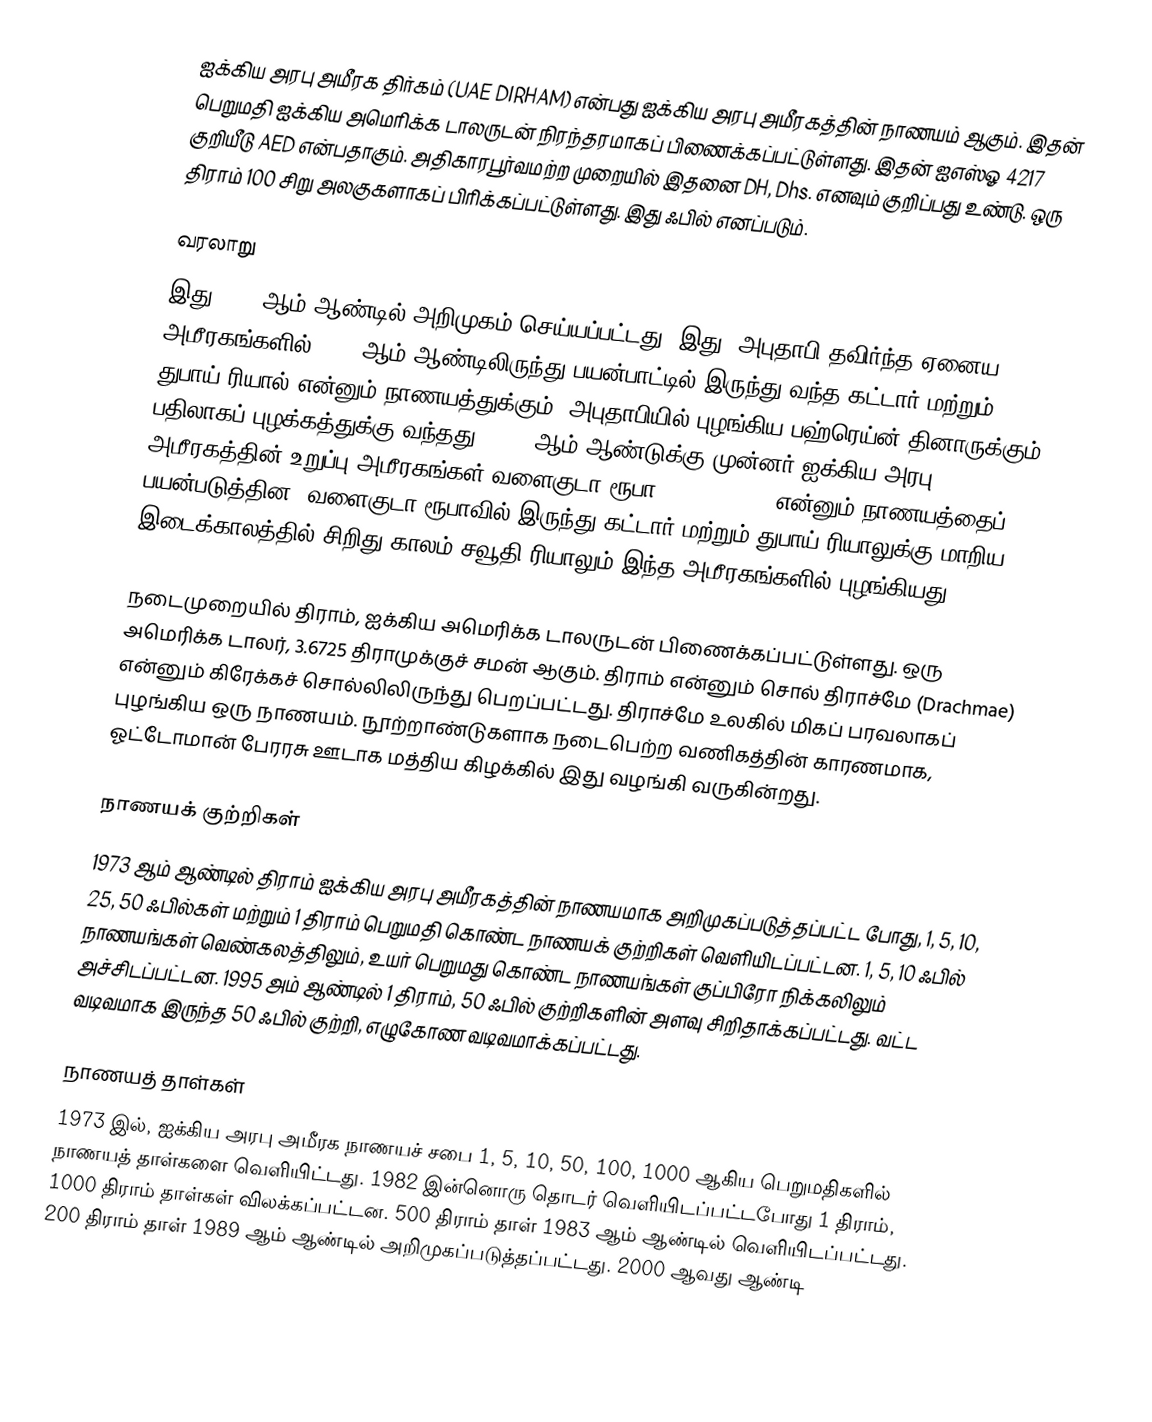
ஐக்கிய அரபு அமீரக திர்கம் (UAE DIRHAM) என்பது ஐக்கிய அரபு அமீரகத்தின் நாணயம் ஆகும். இதன் பெறுமதி ஐக்கிய அமெரிக்க டாலருடன் நிரந்தரமாகப் பிணைக்கப்பட்டுள்ளது. இதன் ஐஎஸ்ஓ 4217 குறியீடு AED என்பதாகும். அதிகாரபூர்வமற்ற முறையில் இதனை DH, Dhs. எனவும் குறிப்பது உண்டு. ஒரு திராம் 100 சிறு அலகுகளாகப் பிரிக்கப்பட்டுள்ளது. இது ஃபில் எனப்படும்.

வரலாறு
இது 1973 ஆம் ஆண்டில் அறிமுகம் செய்யப்பட்டது. இது, அபுதாபி தவிர்ந்த ஏனைய அமீரகங்களில் 1966 ஆம் ஆண்டிலிருந்து பயன்பாட்டில் இருந்து வந்த கட்டார் மற்றும் துபாய் ரியால் என்னும் நாணயத்துக்கும், அபுதாபியில் புழங்கிய பஹ்ரெய்ன் தினாருக்கும் பதிலாகப் புழக்கத்துக்கு வந்தது. 1966 ஆம் ஆண்டுக்கு முன்னர் ஐக்கிய அரபு அமீரகத்தின் உறுப்பு அமீரகங்கள் வளைகுடா ரூபா (Gulf rupee) என்னும் நாணயத்தைப் பயன்படுத்தின. வளைகுடா ரூபாவில் இருந்து கட்டார் மற்றும் துபாய் ரியாலுக்கு மாறிய இடைக்காலத்தில் சிறிது காலம் சவூதி ரியாலும் இந்த அமீரகங்களில் புழங்கியது.

நடைமுறையில் திராம், ஐக்கிய அமெரிக்க டாலருடன் பிணைக்கப்பட்டுள்ளது. ஒரு அமெரிக்க டாலர், 3.6725 திராமுக்குச் சமன் ஆகும். திராம் என்னும் சொல் திராச்மே (Drachmae) என்னும் கிரேக்கச் சொல்லிலிருந்து பெறப்பட்டது. திராச்மே உலகில் மிகப் பரவலாகப் புழங்கிய ஒரு நாணயம். நூற்றாண்டுகளாக நடைபெற்ற வணிகத்தின் காரணமாக, ஓட்டோமான் பேரரசு ஊடாக மத்திய கிழக்கில் இது வழங்கி வருகின்றது.

நாணயக் குற்றிகள்
1973 ஆம் ஆண்டில் திராம் ஐக்கிய அரபு அமீரகத்தின் நாணயமாக அறிமுகப்படுத்தப்பட்ட போது, 1, 5, 10, 25, 50 ஃபில்கள் மற்றும் 1 திராம் பெறுமதி கொண்ட நாணயக் குற்றிகள் வெளியிடப்பட்டன. 1, 5, 10 ஃபில் நாணயங்கள் வெண்கலத்திலும், உயர் பெறுமது கொண்ட நாணயங்கள் குப்பிரோ நிக்கலிலும் அச்சிடப்பட்டன. 1995 அம் ஆண்டில் 1 திராம், 50 ஃபில் குற்றிகளின் அளவு சிறிதாக்கப்பட்டது. வட்ட வடிவமாக இருந்த 50 ஃபில் குற்றி, எழுகோண வடிவமாக்கப்பட்டது.

நாணயத் தாள்கள்
1973 இல், ஐக்கிய அரபு அமீரக நாணயச் சபை 1, 5, 10, 50, 100, 1000 ஆகிய பெறுமதிகளில் நாணயத் தாள்களை வெளியிட்டது. 1982 இன்னொரு தொடர் வெளியிடப்பட்டபோது 1 திராம், 1000 திராம் தாள்கள் விலக்கப்பட்டன. 500 திராம் தாள் 1983 ஆம் ஆண்டில் வெளியிடப்பட்டது. 200 திராம் தாள் 1989 ஆம் ஆண்டில் அறிமுகப்படுத்தப்பட்டது. 2000 ஆவது ஆண்டி